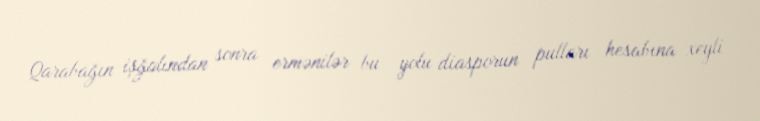
Qarabağın işğalından sonra ermənilər bu yolu diasporun pulları hesabına xeyli